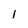
Character: 1